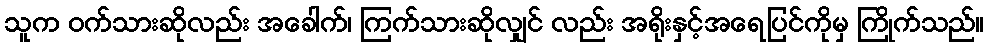
သူက ဝက်သားဆိုလည်း အခေါက်၊ ကြက်သားဆိုလျှင် လည်း အရိုးနှင့်အရေပြင်ကိုမှ ကြိုက်သည်။